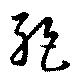
絶